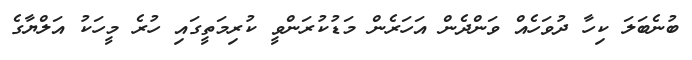
ބުނެބަލަ ކިހާ ދުވަހެއް ވަންދެން އަހަރެން މަޑުކުރަންވީ ކުރިމަތީގައި ހުރެ މީހަކު އަލްޔާގެ